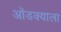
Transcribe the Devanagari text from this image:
ओंडक्याला